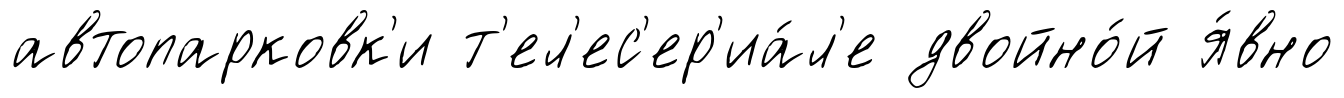
автопарковк'и т'ел'ес'ер'иа́л'е двойно́й я́вно